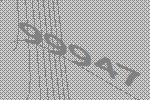
99947